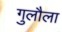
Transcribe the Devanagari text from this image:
गुलौला